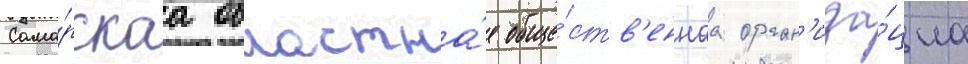
Сама́рскаа областна́я обще́ств'еннаа орган'иза́циа